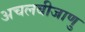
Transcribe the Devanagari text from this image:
अचलबीजाणु